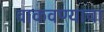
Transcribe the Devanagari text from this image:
वाकवण्याचा